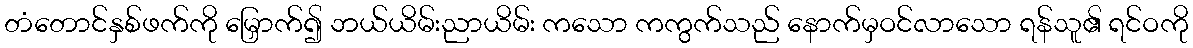
တံတောင်နှစ်ဖက်ကို မြှောက်၍ ဘယ်ယိမ်းညာယိမ်း ကသော ကကွက်သည် နောက်မှဝင်လာသော ရန်သူ၏ ရင်ဝကို